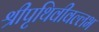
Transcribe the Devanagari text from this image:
श्रीपृथिवीवल्लभ